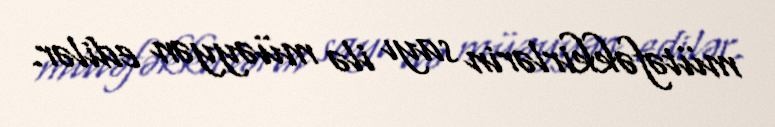
mütəfəkkirlərin sayı ilə müəyyən edilər.